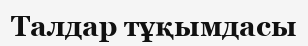
Талдар тұқымдасы